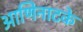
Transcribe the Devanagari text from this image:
आणिनाटके